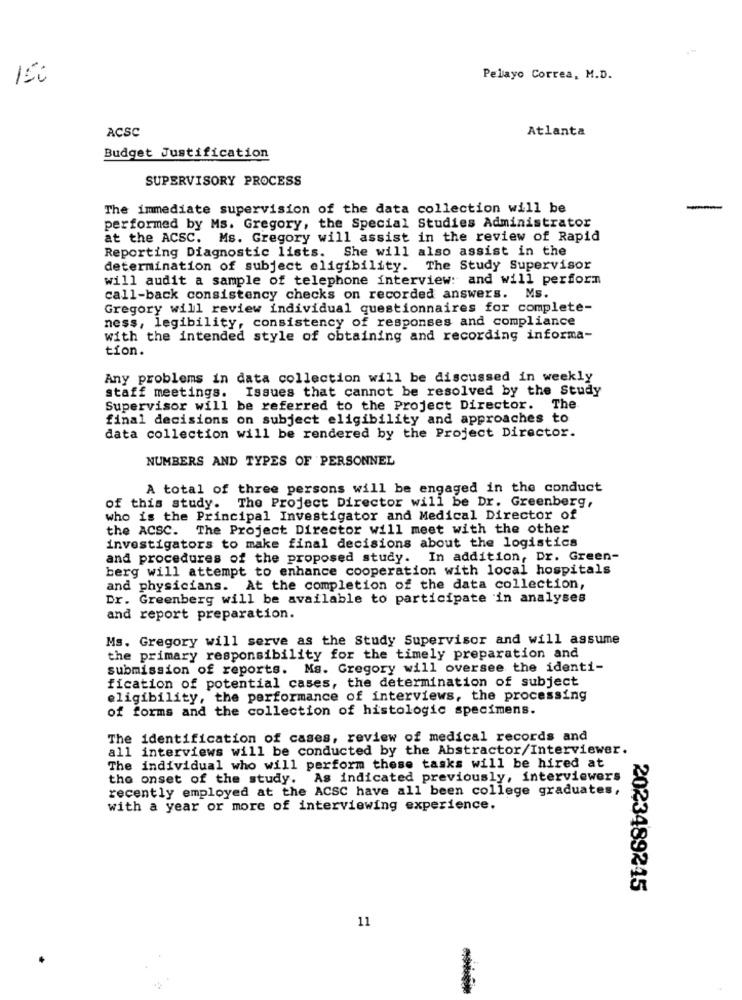
Pelayo Correa, M.D.
ACSC
Atlanta
Budget Justification
SUPERVISORY PROCESS
The immediate supervision of the data collection will be
performed by Ms. Gregory, the Special Studies Administrator
at the ACSC. Ms. Gregory will assist in the review of Rapid
Reporting Diagnostic lists. She will also assist in the
determination of subject eligibility. The Study Supervisor
will audit a sample of telephone interview: and will perform
call-back consistency checks on recorded answers. Ms.
Gregory will review individual questionnaires for complete-
ness, legibility, consistency of responses and compliance
with the intended style of obtaining and recording informa-
tion.
Any problems in data collection will be discussed in weekly
staff meetings. Issues that cannot be resolved by the Study
Supervisor will be referred to the Project Director. The
final decisions on subject eligibility and approaches to
data collection will be rendered by the Project Director.
NUMBERS AND TYPES OF PERSONNEL
A total of three persons will be engaged in the conduct
of this study. The Project Director will be Dr. Greenberg,
who is the Principal Investigator and Medical Director of
the ACSC. The Project Director will meet with the other
investigators to make final decisions about the logistics
and procedures of the proposed study. In addition, Dr. Green-
berg will attempt to enhance cooperation with local hospitals
and physicians. At the completion of the data collection,
Dr. Greenberg will be available to participate in analyses
and report preparation.
Ms. Gregory will serve as the Study Supervisor and will assume
the primary responsibility for the timely preparation and
submission of reports. Ms. Gregory will oversee the identi-
fication of potential cases, the determination of subject
eligibility, the performance of interviews, the processing
of forms and the collection of histologic specimens.
The identification of cases, review of medical records and
all interviews will be conducted by the Abstractor/Interviewer.
The individual who will perform these tasks will be hired at
the onset of the study. As indicated previously, interviewers
recently employed at the ACSC have all been college graduates,
with a year or more of interviewing experience.
2023489245
11